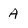
Character: A